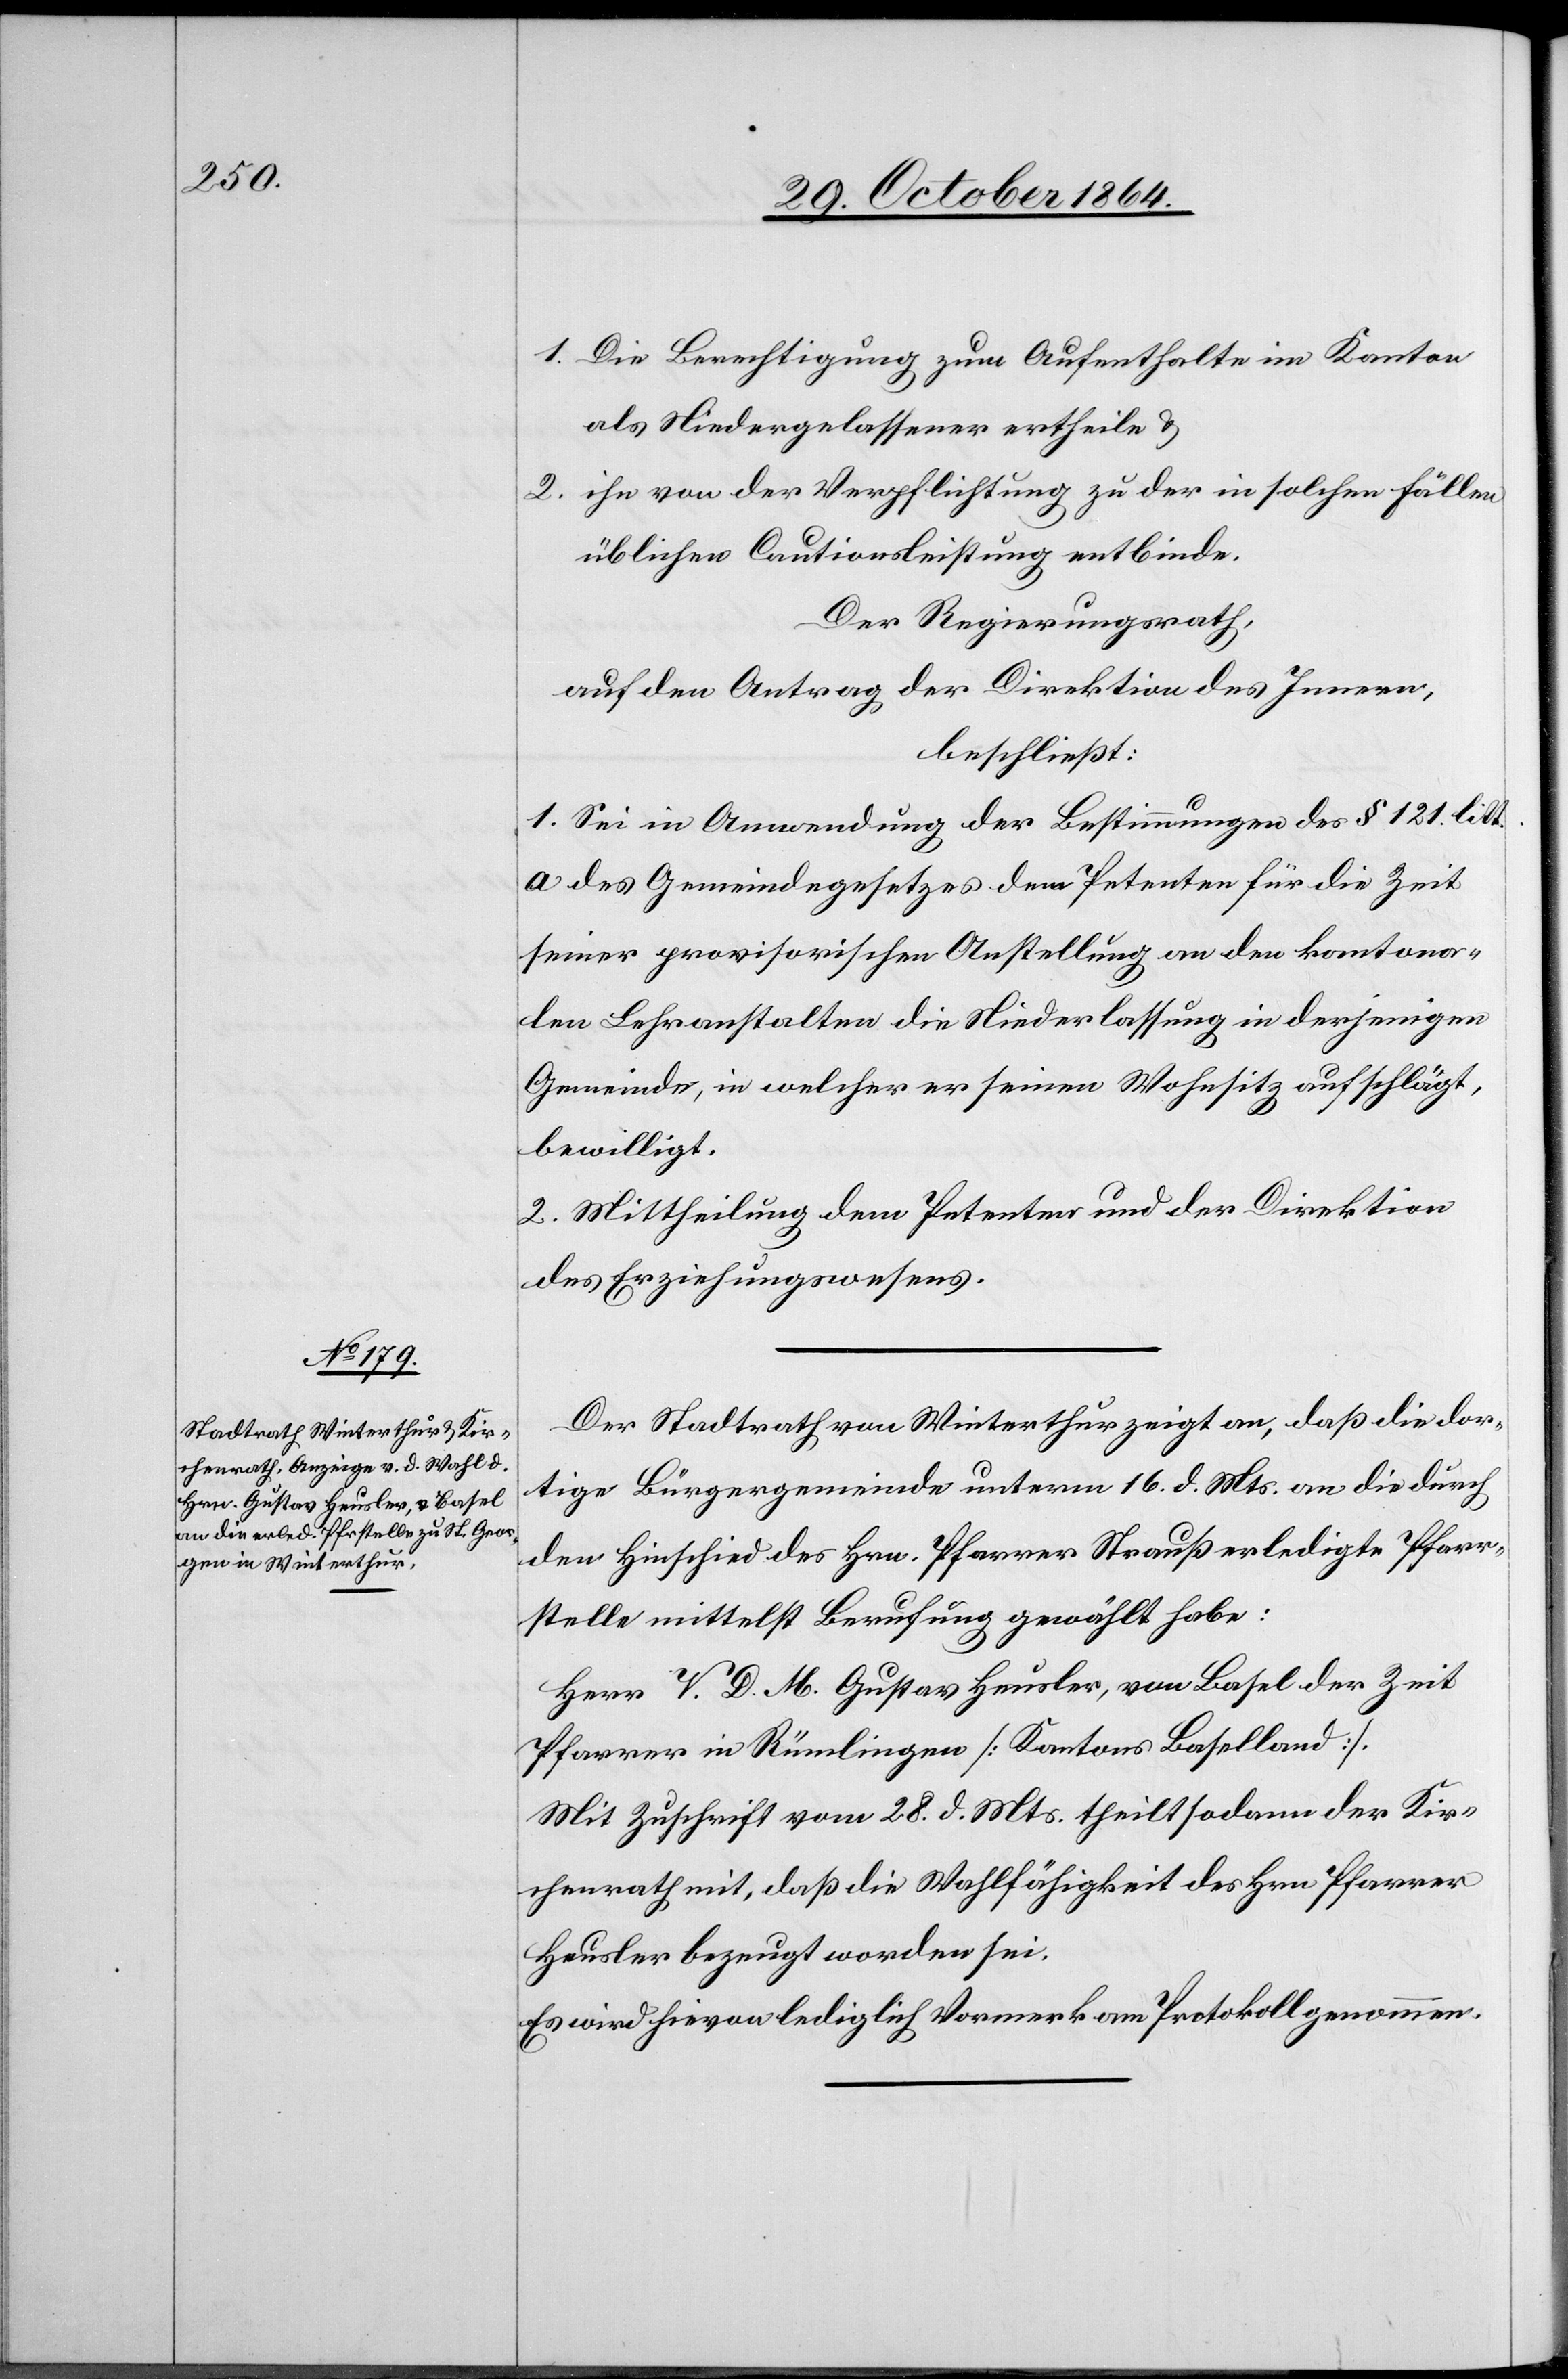
1. Die Berechtigung zum Aufenthalte im Kanton
als Niedergelassener ertheile &
2. ihn von der Verpflichtung zu der in solchen Fällen
üblichen Cautionsleistung entbinde.
Der Regierungsrath,
auf den Antrag der Direktion des Innern,
beschließt:
1. Sei in Anwendung der Bestimmungen des § 121 litt.
a des Gemeindegesetzes dem Petenten für die Zeit
seiner provisorischen Anstellung an den kantona¬
len Lehranstalten die Niederlassung in derjenigen
Gemeinde, in welcher er seinen Wohnsitz aufschlägt,
bewilligt.
2. Mittheilung dem Petenten und der Direktion
des Erziehungswesens.
Der Stadtrath von Winterthur zeigt an, daß die dor¬
tige Bürgergemeinde unterm 16. d. Mts. an die durch
den Hinschied des Hrn. Pfarrer Strauß erledigte Pfarr¬
stelle mittelst Berufung gewählt habe:
Herr V. D. M. Gustav Heusler, von Basel der Zeit
Pfarrer in Rümlingen [Kantons Baselland].
Mit Zuschrift vom 28. d. Mts. theilt sodann der Kir¬
chenrath mit, daß die Wahlfähigkeit des Hrn. Pfarrer
Heusler bezeugt worden sei.
Es wird hievon lediglich Vormerk am Protokoll genommen.